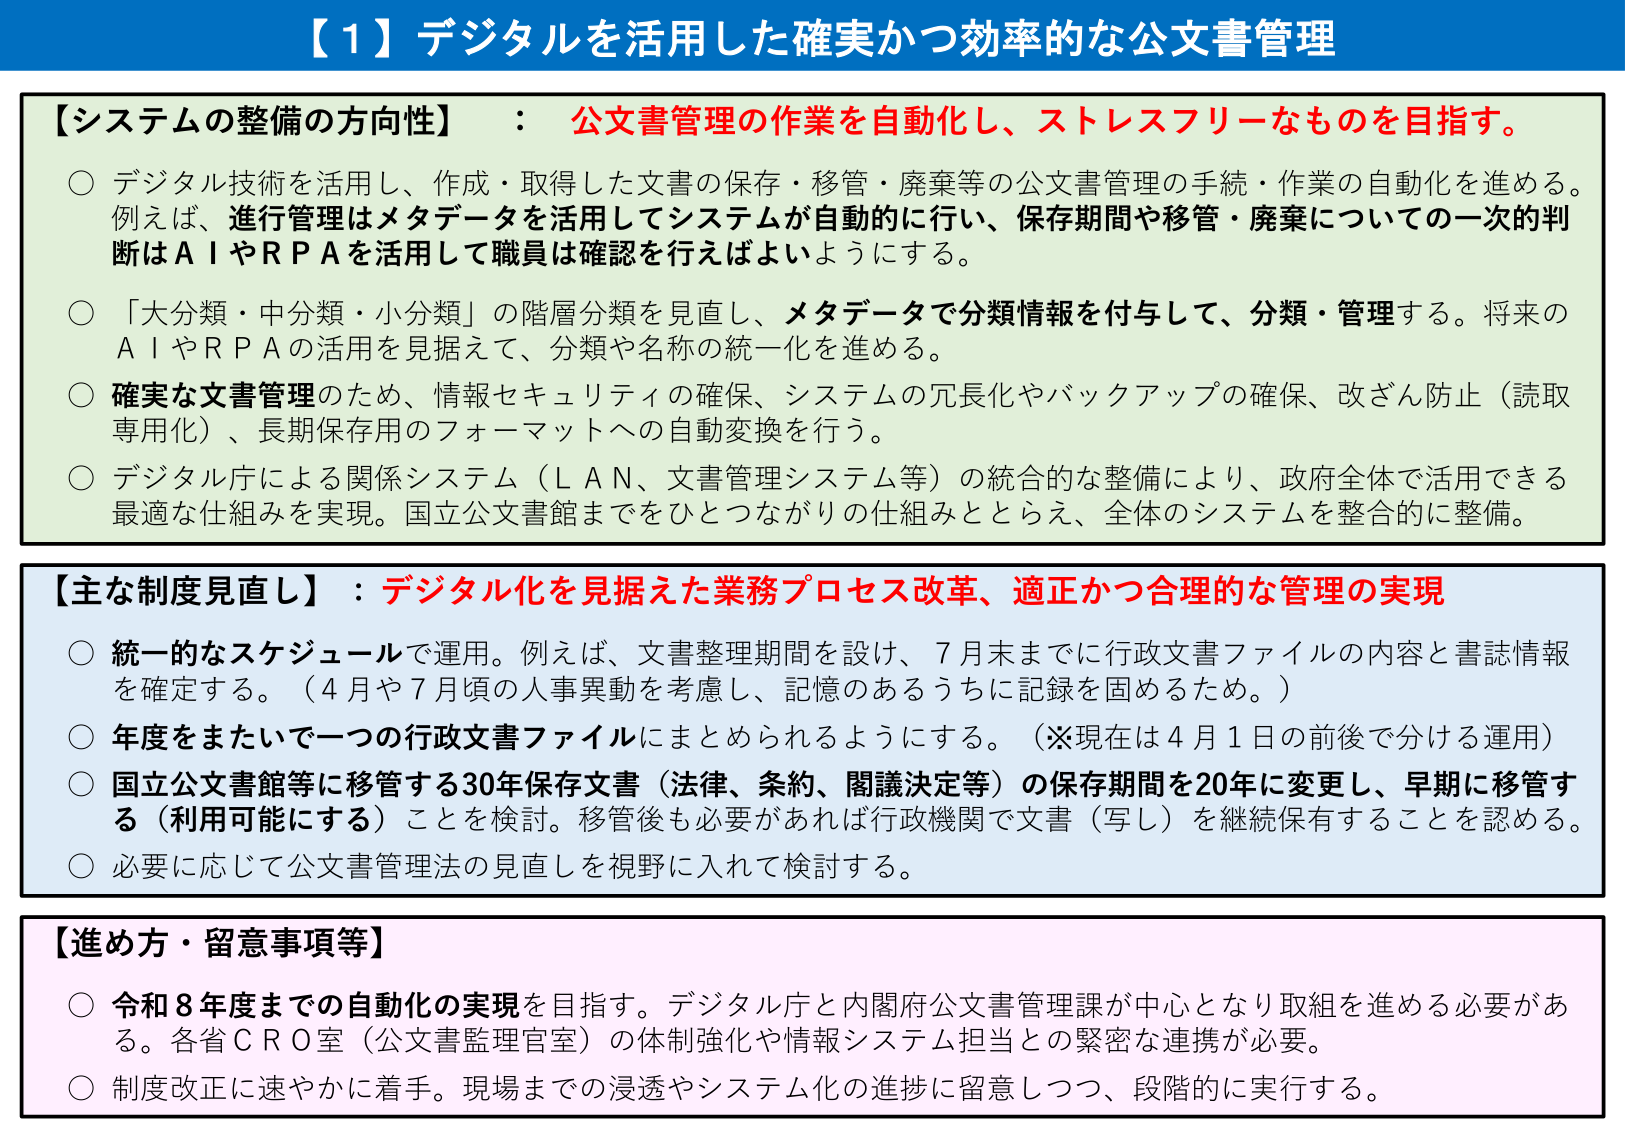
【1】デジタルを活用した確実かつ効率的な公文書管理

【システムの整備の方向性】：公文書管理の作業を自動化し、ストレスフリーなものを目指す。

○ デジタル技術を活用し、作成・取得した文書の保存・移管・廃棄等の公文書管理の手続・作業の自動化を進める。例えば、進行管理はメタデータを活用してシステムが自動的に行い、保存期間や移管・廃棄についての一次的判断はＡＩやＲＰＡを活用して職員は確認を行えばよいようにする。

○ 「大分類・中分類・小分類」の階層分類を見直し、メタデータで分類情報を付与して、分類・管理する。将来のＡＩやＲＰＡの活用を見据えて、分類や名称の統一化を進める。

○ 確実な文書管理のため、情報セキュリティの確保、システムの冗長化やバックアップの確保、改ざん防止（読取専用化）、長期保存用のフォーマットへの自動変換を行う。

○ デジタル庁による関係システム（ＬＡＮ、文書管理システム等）の統合的な整備により、政府全体で活用できる最適な仕組みを実現。国立公文書館までをひとつつながりの仕組みととらえ、全体のシステムを整合的に整備。

【主な制度見直し】：デジタル化を見据えた業務プロセス改革、適正かつ合理的な管理の実現

○ 統一的なスケジュールで運用。例えば、文書整理期間を設け、7月末までに行政文書ファイルの内容と書誌情報を確定する。（4月や7月頃の人事異動を考慮し、記憶のあろうちに記録を固めるため。）

○ 年度をまたいで一つの行政文書ファイルにまとめられるようにする。（※現在は4月1日の前後で分ける運用）

○ 国立公文書館等に移管する30年保存文書（法律、条約、閣議決定等）の保存期間を20年に変更し、早期に移管する（利用可能にする）ことを検討。移管後も必要があれば行政機関で文書（写し）を継続保有することを認める。

○ 必要に応じて公文書管理法の見直しを視野に入れて検討する。

【進め方・留意事項等】

○ 令和8年度までの自動化の実現を目指す。デジタル庁と内閣府公文書管理課が中心となり取組を進める必要がある。各省ＣＲＯ室（公文書監理官室）の体制強化や情報システム担当との緊密な連携が必要。

○ 制度改正に速やかに着手。現場までの浸透やシステム化の進捗に留意しつつ、段階的に実行する。